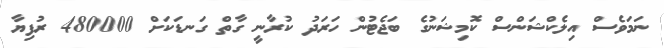
ނަމަވެސް އިލެކްޝަންސް ކޮމިޝަނުގެ ބަޖެޓުން ހަރަދު ކުރާނީ ގާތް ގަނޑަކަށް 480000 ރުފިޔާ